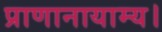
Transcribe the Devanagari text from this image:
प्राणानायाम्य।